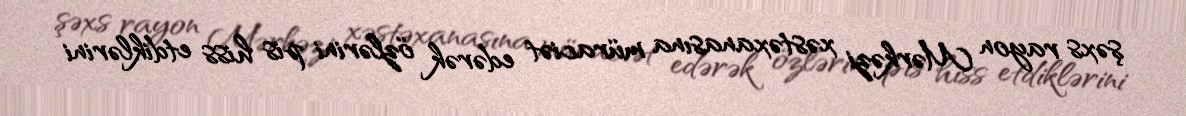
şəxs rayon Mərkəzi xəstəxanasına müraciət edərək özlərini pis hiss etdiklərini